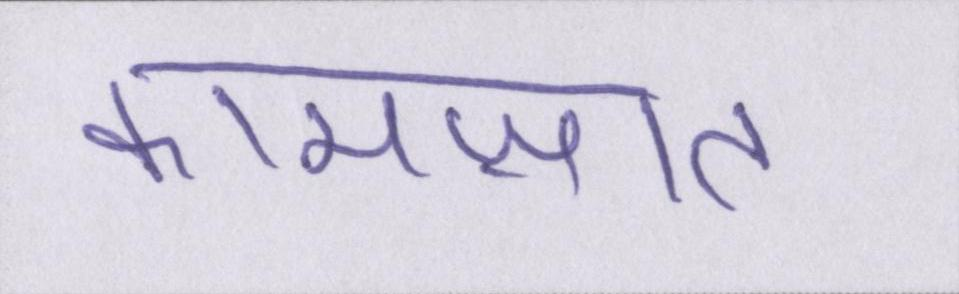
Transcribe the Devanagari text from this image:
कामज़ात